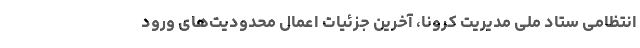
انتظامی ستاد ملی مدیریت کرونا، آخرین جزئیات اعمال محدودیت‌های ورود